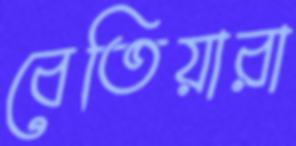
বেতিয়ারা